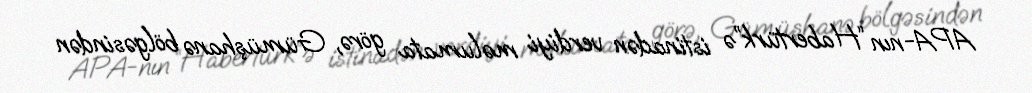
APA-nın “Habertürk”ə istinadən verdiyi məlumata görə, Gümüşhanə bölgəsindən